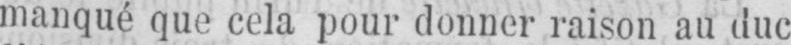
manqué que cela pour donner raison au duc